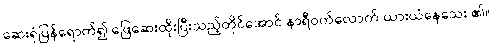
ဆေးရုံပြန်ရောက်၍ ဖြေဆေးထိုးပြီးသည့်တိုင်အောင် နာရီဝက်လောက် ယားယံနေသေး ၏။